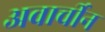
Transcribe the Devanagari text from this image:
अवार्चीन